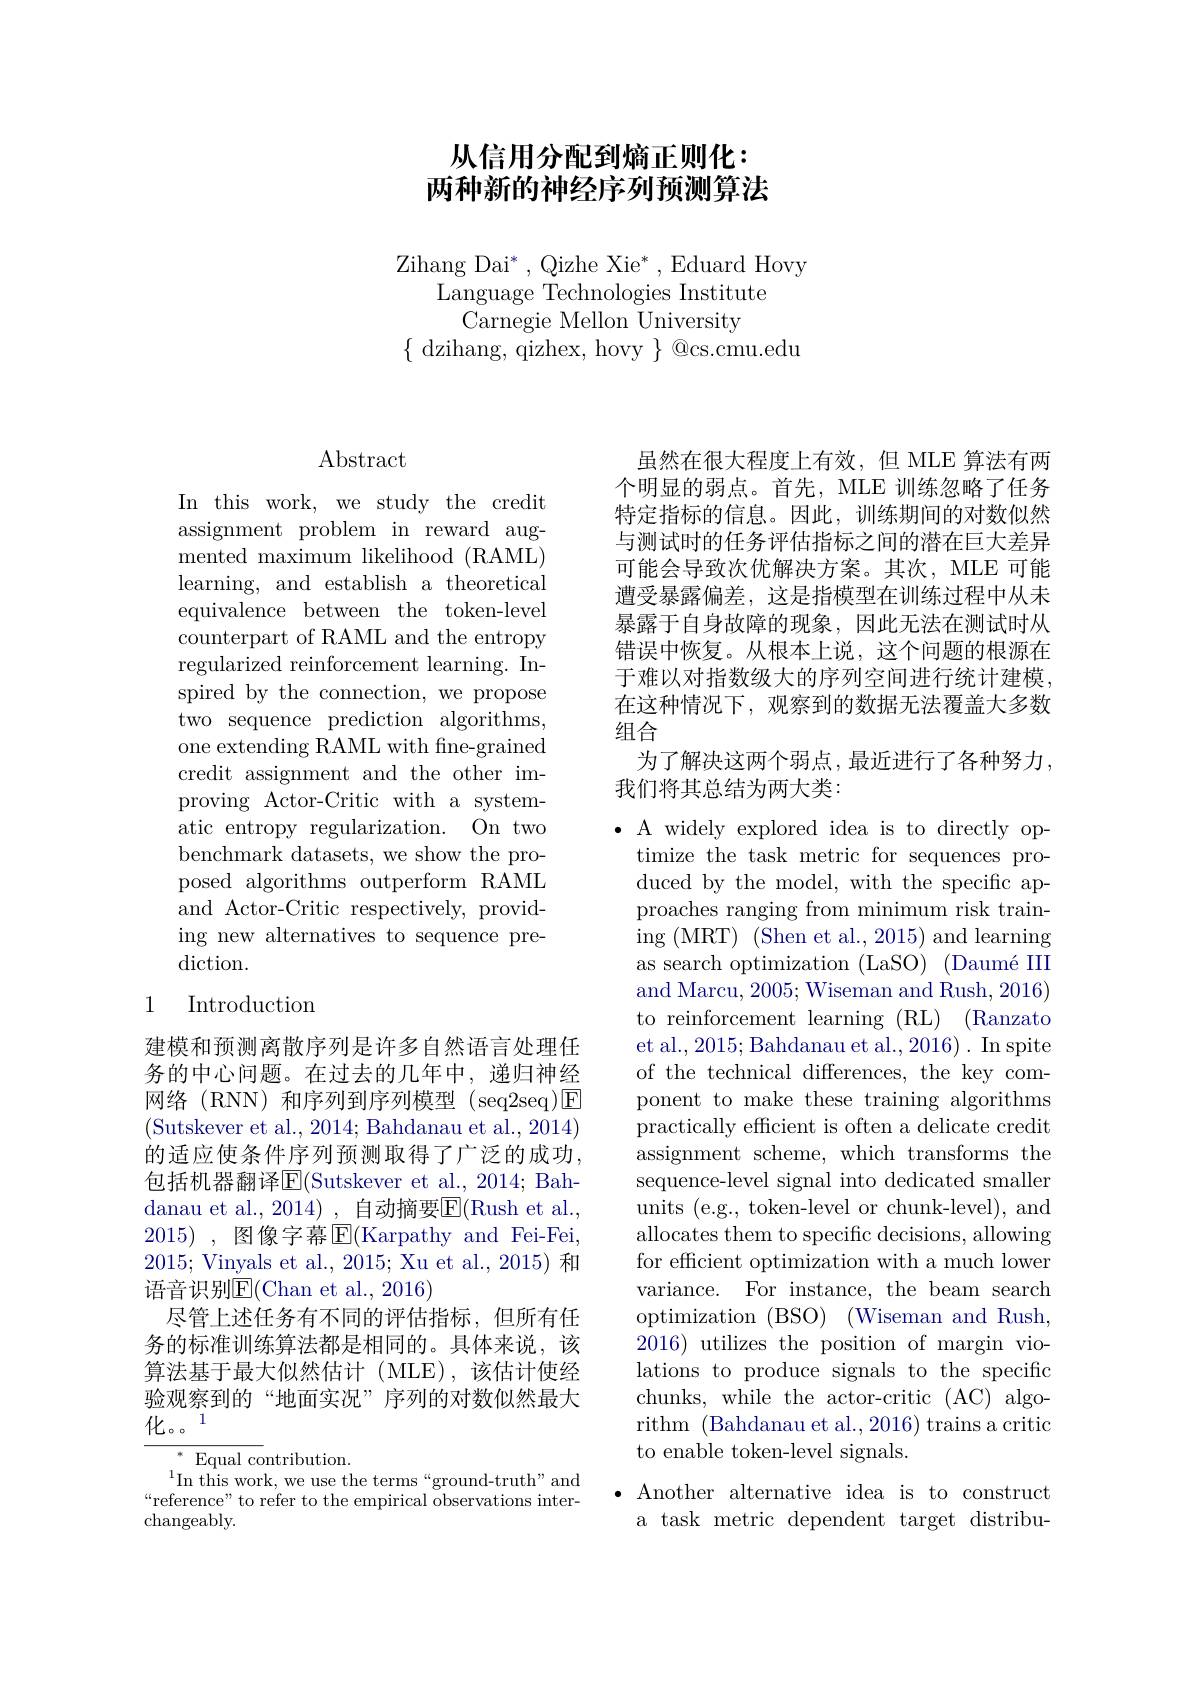
# 从信用分配到熵正则化： 两种新的神经序列预测算法

Zihang Dai$^*$, Qizhe Xie$^*$,Eduard Hovy
Language Technologies Institute
Carnegie Mellon University
$\{$ dzihang, qizhex, hovy $\}$ @cs.cmu.edu

$\operatorname{Abstract}$

In this work, we study the credit assignment problem in reward augmented maximum likelihood (RAML) learning, and establish a theoretical equivalence between the token-level counterpart of RAML and the entropy regularized reinforcement learning. Inspired by the connection, we propose two sequence prediction algorithms, one extending RAML with fine-grained credit assignment and the other improving Actor-Critic with a systematic entropy regularization. On two benchmark datasets, we show the proposed algorithms outperform RAML and Actor-Critic respectively, providing new alternatives to sequence prediction.

### 1 Introduction

建模和预测离散序列是许多自然语言处理任务的中心问题。在过去的几年中，递归神经网络(RNN)和序列到序列模型(seq2seq)E (Sutskever et al., 2014; Bahdanau et al., 2014) 的适应使条件序列预测取得了广泛的成功， 包括机器翻译$\boxed{\mathrm{F}}($Sutskever et al., 2014; Bah- $\mathop{\text{danau et al.,2014), 自动摘要}}\underline{\mathrm{E}}($Rush et al., 2015) ,图像字幕$\operatorname{E}($Karpathy and Fei-Fei, 2015; Vinyals et al., 2015; Xu et al., 2015) 和语音识别E(Chan et al., 2016)
尽管上述任务有不同的评估指标，但所有任务的标准训练算法都是相同的。具体来说，该算法基于最大似然估计(MLE),该估计使经验观察到的“地面实况”序列的对数似然最大化。。1

$^{* }$ Equal contribution.
$^{1}$In this work, we use the terms“ground-truth”and “reference” to refer to the empirical observations inter- ${\mathrm{changeably}}.$

虽然在很大程度上有效，但 MLE 算法有两个明显的弱点。首先，MLE 训练忽略了任务特定指标的信息。因此，训练期间的对数似然与测试时的任务评估指标之间的潜在巨大差异可能会导致次优解决方案。其次，MLE 可能遭受暴露偏差，这是指模型在训练过程中从未暴露于自身故障的现象，因此无法在测试时从错误中恢复。从根本上说，这个问题的根源在于难以对指数级大的序列空间进行统计建模， 在这种情况下，观察到的数据无法覆盖大多数组合
为了解决这两个弱点，最近进行了各种努力，

## 我们将其总结为两大类：

·A widely explored idea is to directly op-
timize the task metric for sequences produced by the model, with the specific approaches ranging from minimum risk training (MRT) (Shen et al., 2015) and learning as search optimization (LaSO) (Daumé III and Marcu, 2005; Wiseman and Rush, 2016) to reinforcement learning (RL) (Ranzato et al., 2015; Bahdanau et al., 2016) . In spite of the technical differences, the key component to make these training algorithms practically efficient is often a delicate credit assignment scheme, which transforms the sequence-level signal into dedicated smaller units (e.g., token-level or chunk-level), and allocates them to specific decisions, allowing for efficient optimization with a much lower variance. For instance, the beam search optimization (BSO) (Wiseman and Rush, 2016) utilizes the position of margin violations to produce signals to the specific chunks, while the actor-critic (AC) algorithm (Bahdanau et al., 2016) trains a critic to enable token-level signals.
$\bullet$ Another alternative idea is to construct

a task metric dependent target distribu-